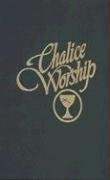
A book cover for Chalice Worship; Chalice Press; Religion & Spirituality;